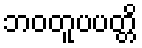
ဘဝတူပပတ္တိ